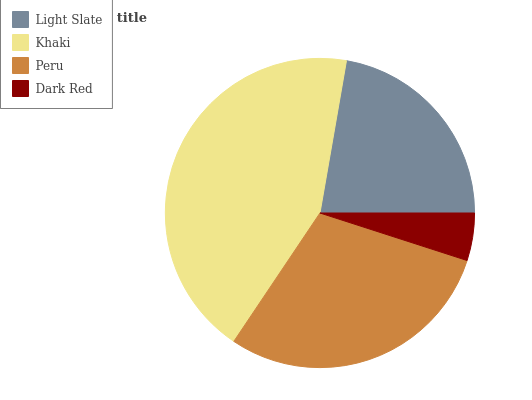
| Light Slate | Khaki | Peru | Dark Red |
 | --- | --- | --- | --- |
 | 22.3% | 43.3% | 29.4% | 4.97% |